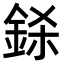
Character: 𨦅